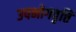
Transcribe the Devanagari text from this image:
उपभोगवृत्ति